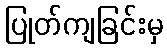
ပြုတ်ကျခြင်းမှ